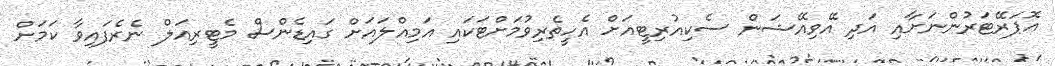
އޮޕަރޭޓަރުންނަށާއި އަދި އޭވިއޭޝަން ސެކިއުރިޓީއަށް އެހީތެރިވުމަށްޓަކައި އަމިއްލައަށް ގައިޑެންސް މެޓީރިއަލް ނެރެފައިވާ ކަމަށް